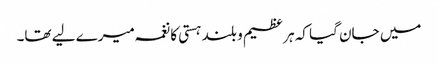
میں جان گیا کہ ہر عظیم و بلند ہستی کا نغمہ میرے لیے تھا۔